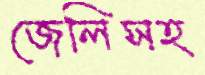
জেলিসহ